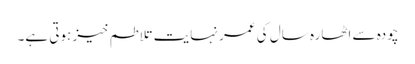
چودہ سے اٹھارہ سال کی عمر نہایت تلاطم خیز ہوتی ہے۔